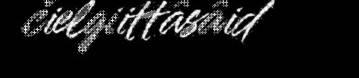
čielgiittâsâid